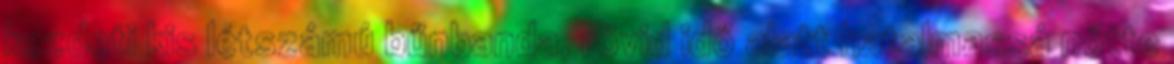
kezdeti kis létszámú bűnbanda, rövid idő alatt hatalmassá nőtte